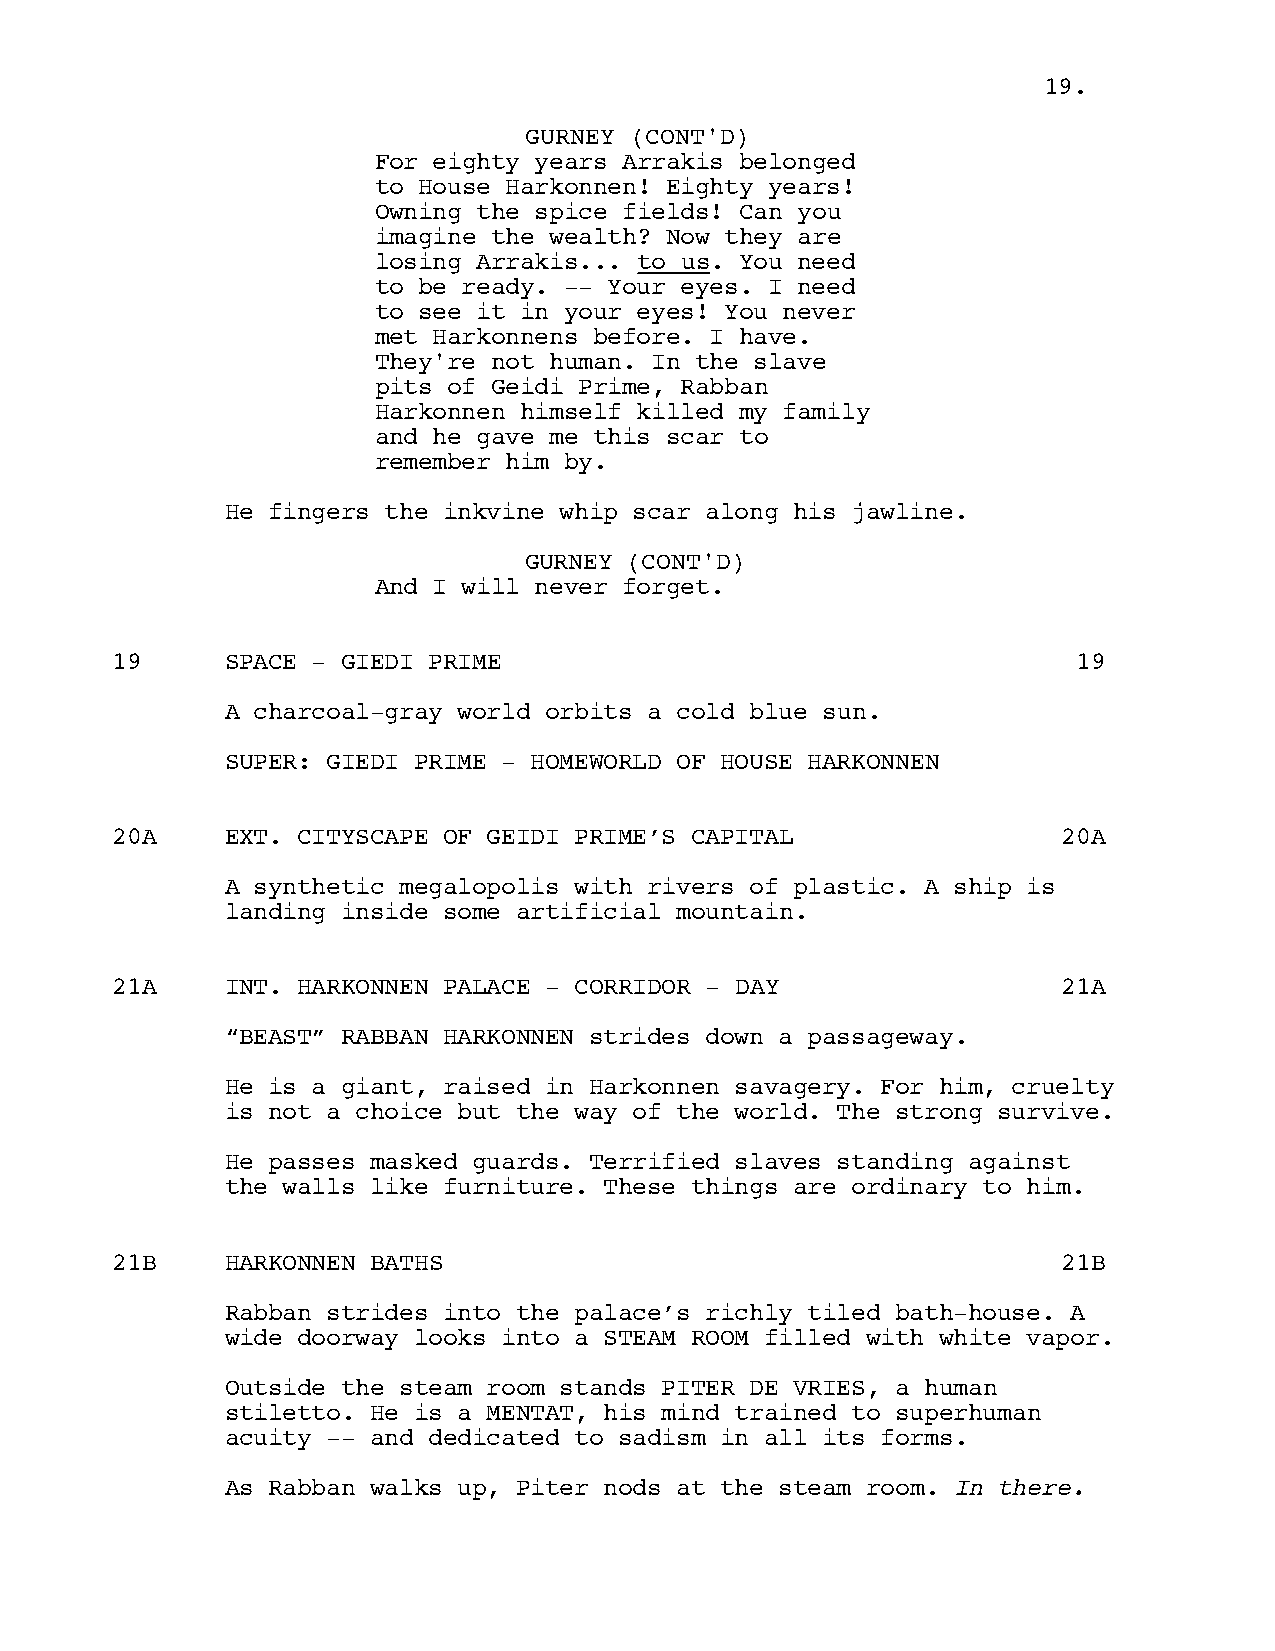
1199..
 GGUURRNNEEYY ((CCOONNTT''DD))
 For eighty years Arrakis belonged
 to House Harkonnen! Eighty years!
 Owning the spice fields! Can you
 imagine the wealth? Now they are
 losing Arrakis... to us. You need
 to be ready. -- Your eyes. I need
 to see it in your eyes! You never
 met Harkonnens before. I have.
 They're not human. In the slave
 pits of Geidi Prime, Rabban
 Harkonnen himself killed my family
 and he gave me this scar to
 remember him by.
 He fingers the inkvine whip scar along his jawline.
 GURNEY (CONT'D)
 And I will never forget.
 19      SPACE - GIEDI PRIME                                     19
 A charcoal-gray world orbits a cold blue sun.
 SUPER: GIEDI PRIME - HOMEWORLD OF HOUSE HARKONNEN
 20A     EXT. CITYSCAPE OF GEIDI PRIME’S CAPITAL                20A
 A synthetic megalopolis with rivers of plastic. A ship is
 landing inside some artificial mountain.
 21A     INT. HARKONNEN PALACE - CORRIDOR - DAY                 21A
 “BEAST” RABBAN HARKONNEN strides down a passageway.
 He is a giant, raised in Harkonnen savagery. For him, cruelty
 is not a choice but the way of the world. The strong survive.
 He passes masked guards. Terrified slaves standing against
 the walls like furniture. These things are ordinary to him.
 21B     HARKONNEN BATHS                                        21B
 Rabban strides into the palace’s richly tiled bath-house. A
 wide doorway looks into a STEAM ROOM filled with white vapor.
 Outside the steam room stands PITER DE VRIES, a human
 stiletto. He is a MENTAT, his mind trained to superhuman
 acuity -- and dedicated to sadism in all its forms.
 As Rabban walks up, Piter nods at the steam room. In there.